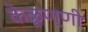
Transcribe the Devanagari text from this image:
केळूण्णी